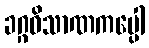
ခဂ္ဂဝိသာဏကပ္ပေါ